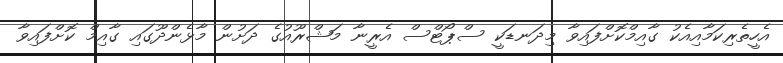
އެހީތެރިކަމާއިއެކު ގާއިމްކޮށްފައިވާ މިދަނޑަކީ ސްޕޯޓްސް އެރީނާ މަޝްރޫއުގެ ދަށުން މާޅެންދޫގައި ގާއިމް ކޮށްފައިވާ